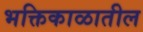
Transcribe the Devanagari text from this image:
भक्तिकाळातील